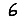
Digit: 6